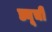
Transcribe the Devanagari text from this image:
ड्यूची